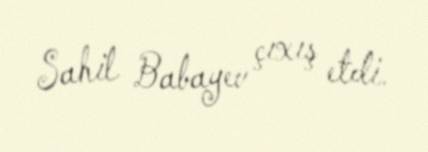
Sahil Babayev çıxış etdi.